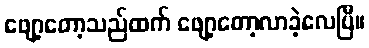
ဖျော့တော့သည်ထက် ဖျော့တော့လာခဲ့လေပြီ။